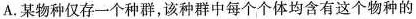
A. 某物种仅存一个种群，该种群中每个个体均含有这个物种的